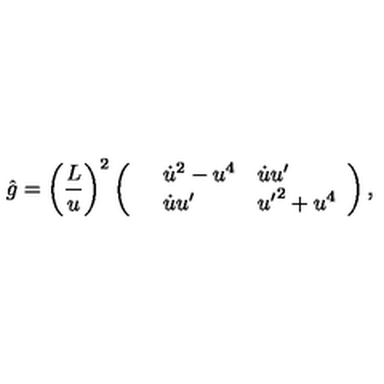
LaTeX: \hat { g } = \left( { \frac { L } { u } } \right) ^ { 2 } \left( \begin{array} { l l l } { } & { { \dot { u } } ^ { 2 } - u ^ { 4 } } & { { \dot { u } } { u ^ { \prime } } } \\ { } & { { \dot { u } } { u ^ { \prime } } } & { { u ^ { \prime } } ^ { 2 } + u ^ { 4 } } \\ \end{array} \right) ,